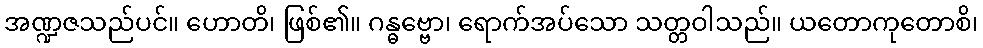
အဏ္ဍဇသည်ပင်။ ဟောတိ၊ ဖြစ်၏။ ဂန္ဓဗ္ဗော၊ ရောက်အပ်သော သတ္တဝါသည်။ ယတောကုတောစိ၊